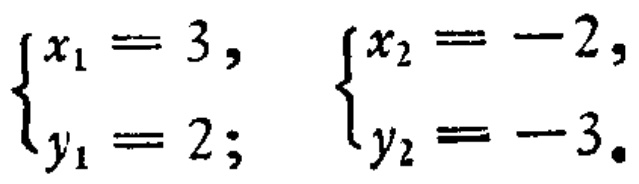
\(\begin{cases}x_1 = 3,\\y_1 = 2;\end{cases}\quad\begin{cases}x_2 = -2,\\y_2 = -3.\end{cases}\)